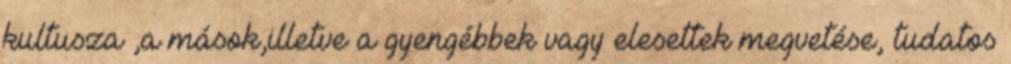
kultusza ,a mások,illetve a gyengébbek vagy elesettek megvetése, tudatos